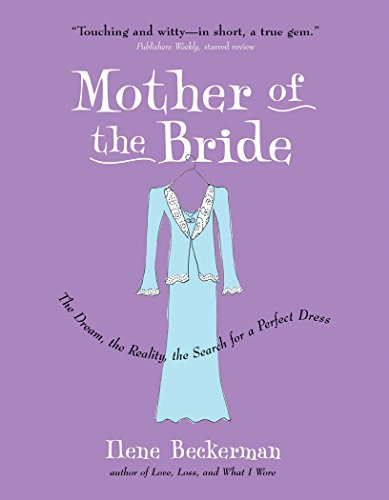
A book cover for Mother of the Bride: The Dream, the Reality, the Search for a Perfect Dress; Ilene Beckerman; Humor & Entertainment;